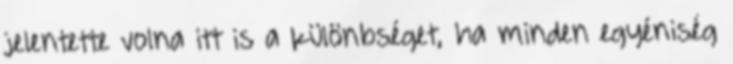
jelentette volna itt is a különbséget, ha minden egyéniség